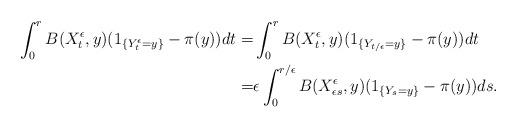
LaTeX: \begin{align*}\int_0^rB(X_t^\epsilon,y)(1_{\{Y_t^\epsilon=y\}}-\pi(y))dt=&\int_0^rB(X_t^\epsilon,y)(1_{\{Y_{t/\epsilon}=y\}}-\pi(y))dt\\=&{\epsilon}\int_0^{r/\epsilon}B(X_{\epsilon s}^\epsilon,y)(1_{\{Y_{s}=y\}}-\pi(y))ds.\end{align*}